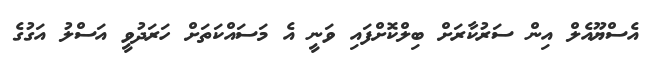
އެސްޔޫއެލް އިން ސަރުކާރަށް ބިލްކޮށްފައި ވަނީ އެ މަސައްކަތަށް ހަރަދުވީ އަސްލު އަގުގެ